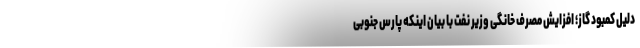
دلیل کمبود گاز؛ افزایش مصرف خانگی وزیر نفت با بیان اینکه پارس جنوبی